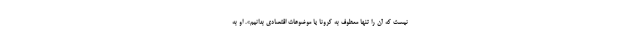
نیست که آن را تنها معطوف به کرونا یا موضوعات اقتصادی بدانیم». او به